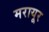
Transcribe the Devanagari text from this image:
मरायूर